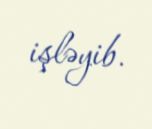
işləyib.